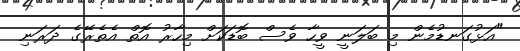
"އަޅުގަނޑުމެން މި ބަލަނީ ވީހާ ވެސް ބޮޑަކަށް މިހާރު އޮތް އެތެރޭގެ ދަރަނި